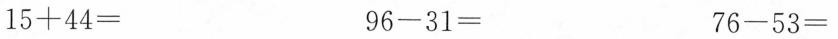
$$1 5 + 4 4 =$$ $$9 6 - 3 1 =$$ $$7 6 - 5 3 =$$